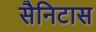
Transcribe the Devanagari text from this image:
सैनिटास